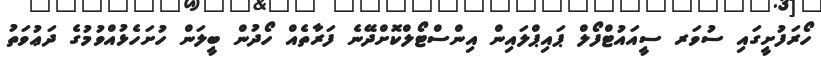
ހޯރަފުށީގައި ސުވަރ ސީއައުޓްފޯލް ޕައިޕްލައިން އިންސްޓޯލްކޮށްދޭނެ ފަރާތެއް ހޯދުން ބީލަން ހުށަހެޅުއްވުމުގެ ދަޢުވަތު